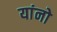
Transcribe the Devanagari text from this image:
यांनो